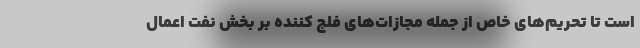
است تا تحریم‌های خاص از جمله مجازات‌های فلج کننده بر بخش نفت اعمال